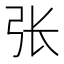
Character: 张